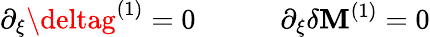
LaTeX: \partial_{\xi}\deltag^{(1)}=0\qquad\quad\partial_{\xi}\delta\mathbf{M}^{(1)}=0